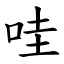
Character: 哇